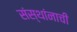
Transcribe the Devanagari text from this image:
संस्थांनाची